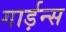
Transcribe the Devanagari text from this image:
गार्ड़न्स